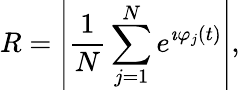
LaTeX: R=\left|\frac{1}{N}\sum_{j=1}^{N}e^{\imath\varphi_{j}(t)}\right|,